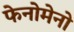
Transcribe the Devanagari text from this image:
फेनोमेनो